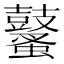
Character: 鼜